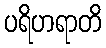
ပရိဟရာတိ